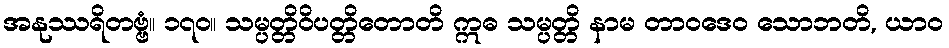
အနုဿရိတဗ္ဗံ။ ၁၇၀။ သမ္ပတ္တိဝိပတ္တိတောတိ ဣဓ သမ္ပတ္တိ နာမ တာဝဒေဝ သောဘတိ, ယာဝ